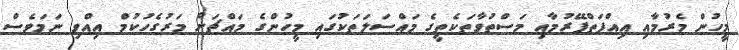
މީހުން މެރުމާއި އިއްފަތްފޭރުމާއި މަސްތުވާތަކެތީގެ މައްސަލަތަކުގައި މީހުންގެ މައްޗަށް މަރުގެހުކުމް އިއްވި ނަމަވެސް